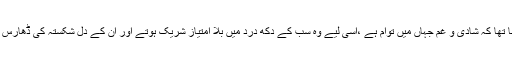
ان کا کہنا تھا کہ شادی و غم جہاں میں توام ہے ،اسی لیے وہ سب کے دکھ درد میں بلا امتیاز شریک ہوتے اور ان کے دل شکستہ کی ڈھارس بندھاتے۔